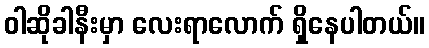
ဝါဆိုခါနီးမှာ လေးရာလောက် ရှိနေပါတယ်။